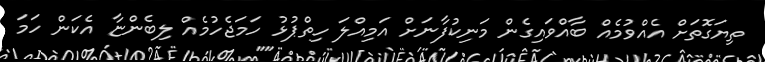
ތިޔަގޮތަށް އެއްވުމެއް ބާއްވައިގެން މަނިކުފާނަށް އަމިއްލަ ހިތްޕުޅު ހަމަޖެހުމެއް ލިބެންޏާ އެކަން ހަމަ